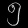
Digit: ၅